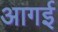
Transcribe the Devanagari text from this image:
आगई